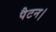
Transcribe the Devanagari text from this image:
पैटन।